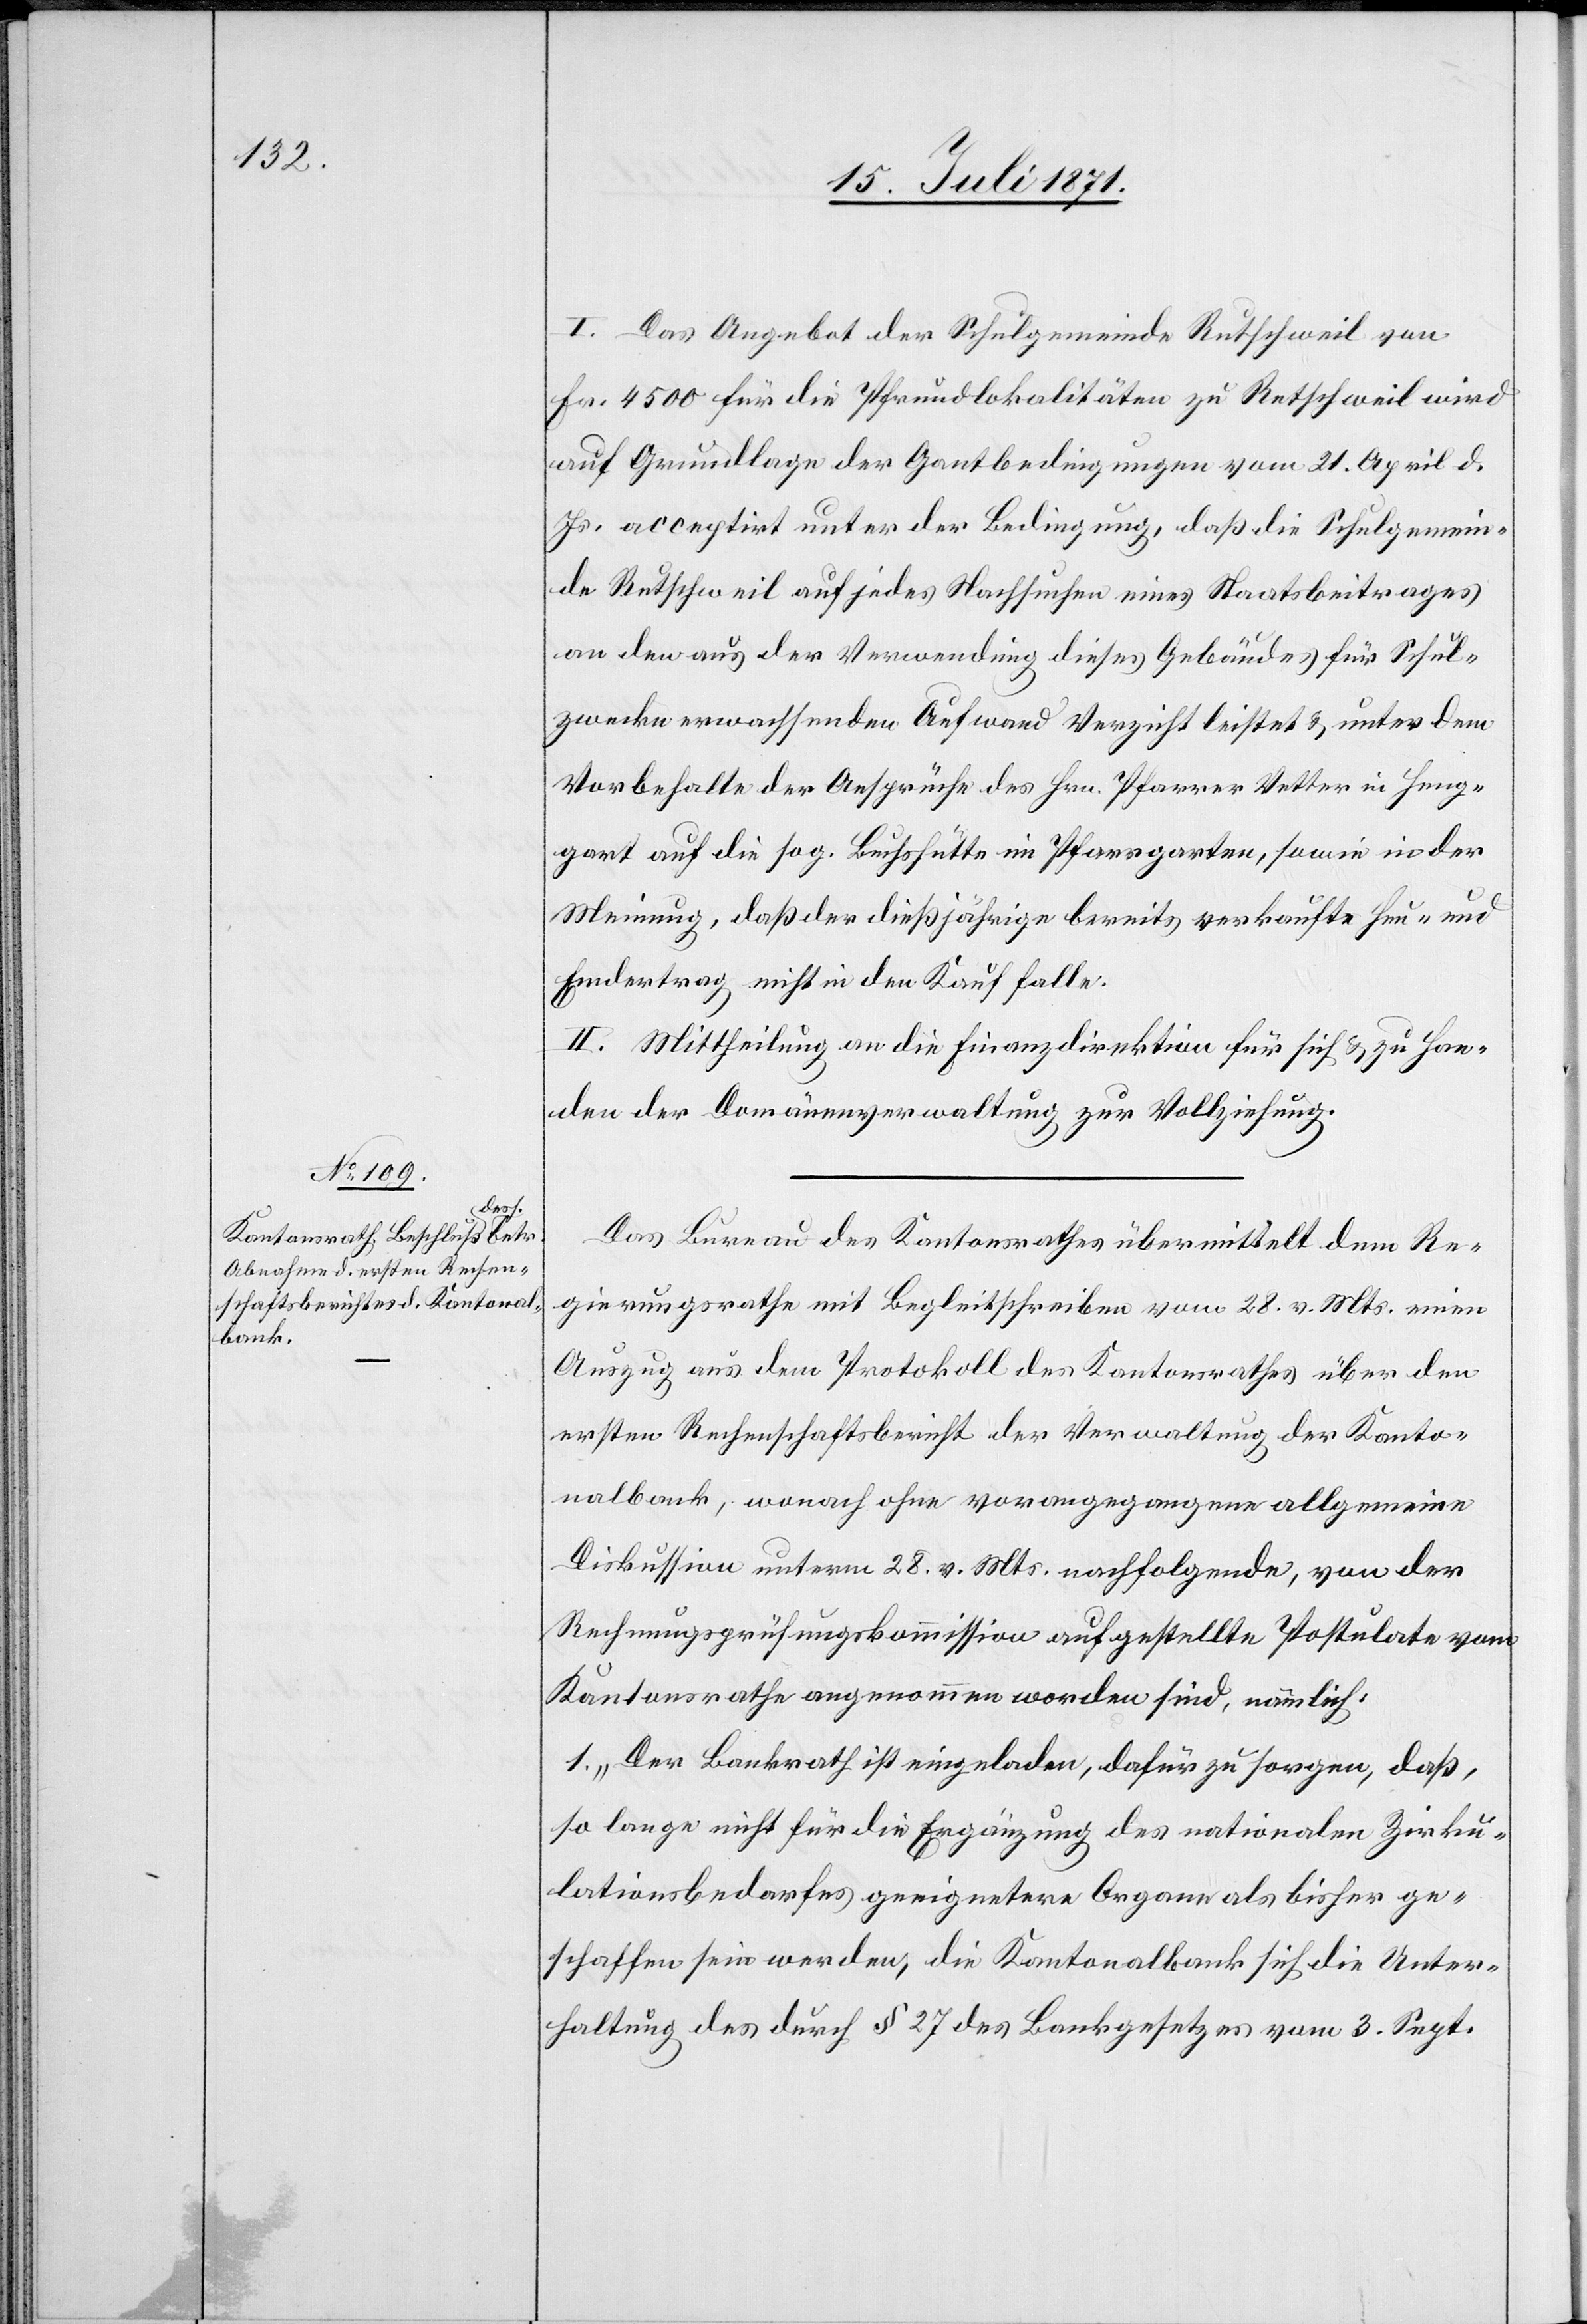
I. Das Angebot der Schulgemeinde Rutschweil von
Fr. 4500 für die Pfrundlokalität zu Rutschweil wird
auf Grundlage der Gantbedingungen vom 21. April d.
Js. acceptirt unter der Bedingung, daß die Schulgemein¬
de Rutschweil auf jedes Nachsuchen eines Staatsbeitrages
an den aus der Verwendung dieses Gebäudes für Schul¬
zwecke erwachsenden Aufwand Verzicht leistet u. unter dem
Vorbehalte der Ansprüche des Hrn. Pfarrer Vetter in Heng¬
gart auf die sog. Buchshütte im Pfarrgarten, sowie in der
Meinung, daß der dießjährige bereits verkaufte Heu- und
Emdertrag nicht in den Kauf falle.
II. Mittheilung an die Finanzdirektion für sich u. zu Han¬
den der Domänenverwaltung zur Vollziehung.
Das Bureau des Kantonsrathes übermittelt dem Re¬
gierungsrathe mit Begleitschreiben vom 28. v. Mts. einen
Auszug aus dem Protokoll des Kantonsrathes über den
ersten Rechenschaftsbericht der Verwaltung der Kanto¬
nalbank, wonach ohne vorangegangene allgemeine
Diskussion unterm 28. v. Mts. nachfolgende, von der
Rechnungsprüfungskommission aufgestellte Postulate vom
Kantonsrathe angenommen worden sind, nämlich:
1. „Der Bankrath ist eingeladen, dafür zu sorgen, daß,
so lange nicht für die Ergänzung des nationalen Zirku¬
lationsbedarfes geeignetere Organe als bisher ge¬
schaffen sein werden, die Kantonalbank sich die Unter¬
haltung des durch § 27 des Bankgesetzes vom 3. Sept.